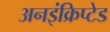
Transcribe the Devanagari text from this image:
अनइंक्रिप्टेड